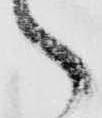
々